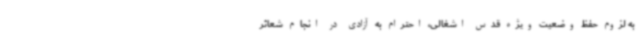
به لزوم حفظ وضعیت ویژه قدس اشغالی، احترام به آزادی در انجام شعائر